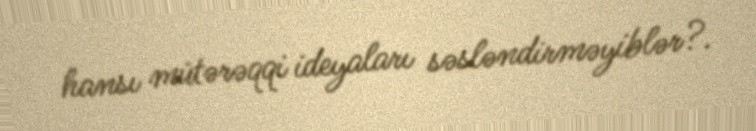
hansı mütərəqqi ideyaları səsləndirməyiblər?.